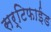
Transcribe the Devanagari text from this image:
सर्टिफाईड